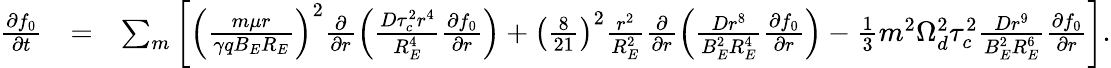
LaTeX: \begin{array}{rlr}{\frac{\partial f_{0}}{\partial t}}&{=}&{\sum_{m}\left[\left(\frac{m\mu r}{\gamma qB_{E}R_{E}}\right)^{2}\frac{\partial}{\partial r}\left(\frac{D\tau_{c}^{2}r^{4}}{R_{E}^{4}}\frac{\partial f_{0}}{\partial r}\right)+\left(\frac{8}{21}\right)^{2}\frac{r^{2}}{R_{E}^{2}}\frac{\partial}{\partial r}\left(\frac{Dr^{8}}{B_{E}^{2}R_{E}^{4}}\frac{\partial f_{0}}{\partial r}\right)-\frac{1}{3}m^{2}\Omega_{d}^{2}\tau_{c}^{2}\frac{Dr^{9}}{B_{E}^{2}R_{E}^{6}}\frac{\partial f_{0}}{\partial r}\right].}\end{array}